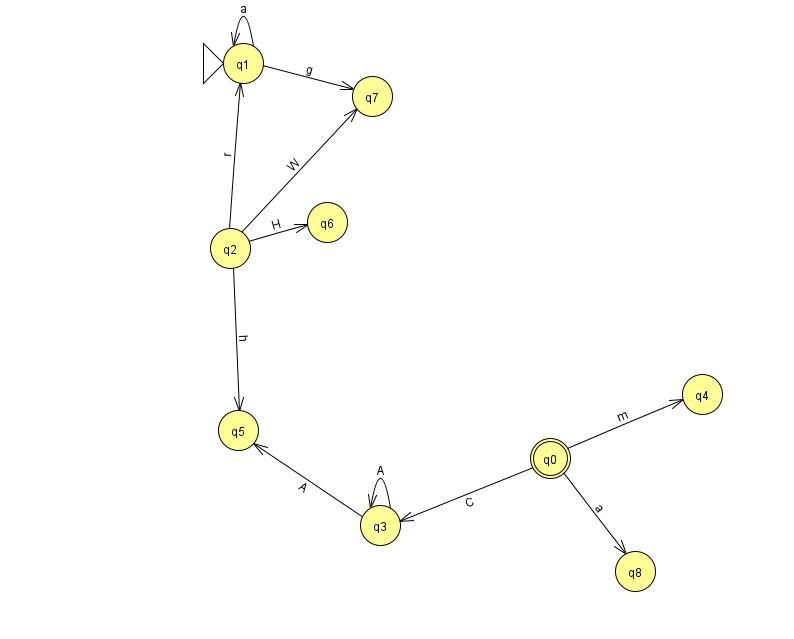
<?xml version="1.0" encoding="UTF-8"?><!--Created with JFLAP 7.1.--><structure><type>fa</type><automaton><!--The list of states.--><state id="0" name="q0"><x>550.0</x><y>445.0</y><final/></state><state id="1" name="q1"><x>243.0</x><y>50.0</y><initial/></state><state id="2" name="q2"><x>230.0</x><y>235.0</y></state><state id="3" name="q3"><x>380.0</x><y>512.0</y></state><state id="4" name="q4"><x>702.0</x><y>381.0</y></state><state id="5" name="q5"><x>238.0</x><y>417.0</y></state><state id="6" name="q6"><x>327.0</x><y>209.0</y></state><state id="7" name="q7"><x>372.0</x><y>83.0</y></state><state id="8" name="q8"><x>635.0</x><y>558.0</y></state><!--The list of transitions.--><transition><from>1</from><to>1</to><read>a</read></transition><transition><from>2</from><to>6</to><read>H</read></transition><transition><from>3</from><to>3</to><read>A</read></transition><transition><from>2</from><to>7</to><read>W</read></transition><transition><from>1</from><to>7</to><read>g</read></transition><transition><from>2</from><to>1</to><read>r</read></transition><transition><from>0</from><to>4</to><read>m</read></transition><transition><from>0</from><to>8</to><read>a</read></transition><transition><from>0</from><to>3</to><read>C</read></transition><transition><from>3</from><to>5</to><read>A</read></transition><transition><from>2</from><to>5</to><read>h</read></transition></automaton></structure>